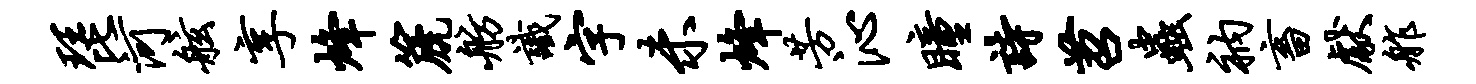
琵河舷享烽篪舫识字未烽芳沁瞳诗苕虫衲畜献舴